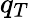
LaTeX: q_{T}